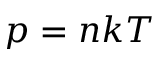
p = n k T